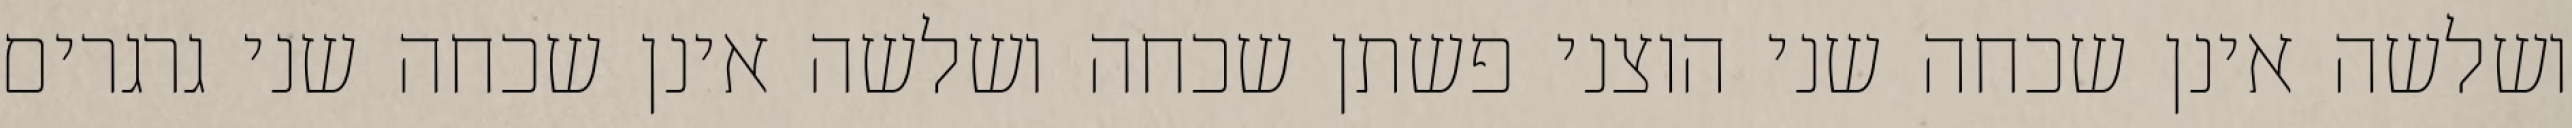
ושלשה אינן שכחה שני הוצני פשתן שכחה ושלשה אינן שכחה שני גרגרים